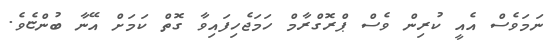
ނަމަވެސް އެއީ ކުރިން ވެސް ޕްރޮގްރާމް ހަމަޖެހިފައިވާ ގޮތް ކަމަށް އޭނާ ބުންޏެވެ.